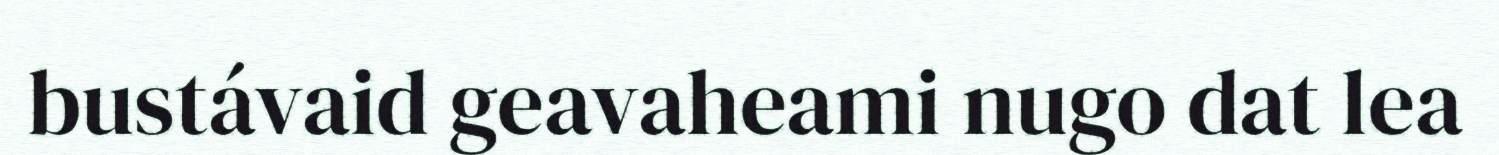
bustávaid geavaheami nugo dat lea